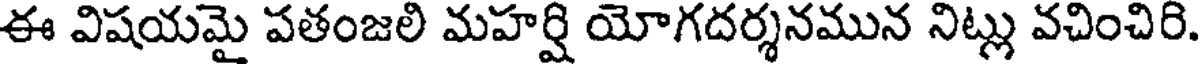
ఈ విషయమై పతంజలి మహర్షి యోగదర్శనమున నిట్లు వచించిరి